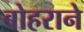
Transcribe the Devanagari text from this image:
बोहराने